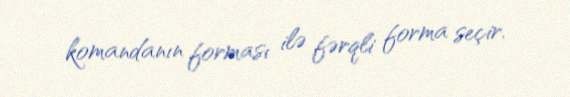
komandanın forması ilə fərqli forma seçir.